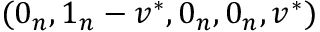
( 0 _ { n } , 1 _ { n } - v ^ { * } , 0 _ { n } , 0 _ { n } , v ^ { * } )